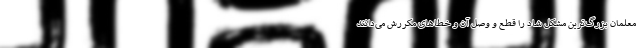
معلمان بزرگ‌ترین مشکل شاد را قطع و وصل آن و خطاهای مکررش می‌دانند